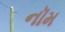
નૉમ